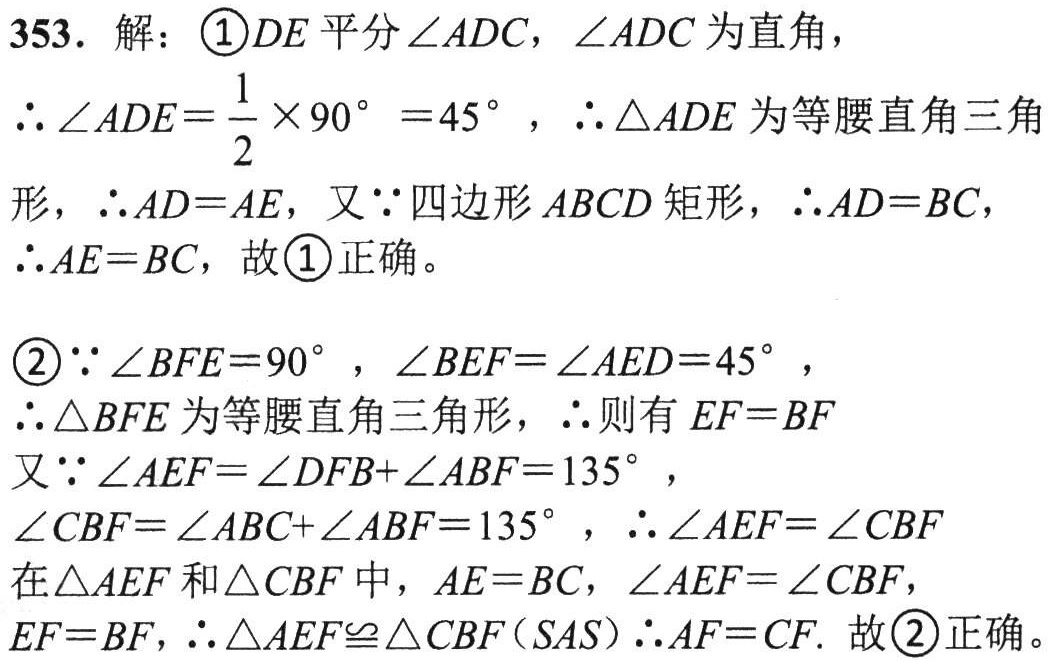
353. 解：\(\textcircled{1}DE\)平分\(\angle ADC\)，\(\angle ADC\)为直角，
\(\therefore\angle ADE = \frac{1}{2}\times90^{\circ}=45^{\circ}\)，\(\therefore\triangle ADE\)为等腰直角三角
形，\(\therefore AD = AE\)，又\(\because\)四边形\(ABCD\)矩形，\(\therefore AD = BC\)，
\(\therefore AE = BC\)，故\(\textcircled{1}\)正确。

\(\textcircled{2}\because\angle BFE = 90^{\circ}\)，\(\angle BEF=\angle AED = 45^{\circ}\)，
\(\therefore\triangle BFE\)为等腰直角三角形，\(\therefore\)则有\(EF = BF\)
又\(\because\angle AEF=\angle DFB+\angle ABF = 135^{\circ}\)，
\(\angle CBF=\angle ABC+\angle ABF = 135^{\circ}\)，\(\therefore\angle AEF=\angle CBF\)
在\(\triangle AEF\)和\(\triangle CBF\)中，\(AE = BC\)，\(\angle AEF=\angle CBF\)，
\(EF = BF\)，\(\therefore\triangle AEF\cong\triangle CBF(SAS)\therefore AF = CF\). 故\(\textcircled{2}\)正确。